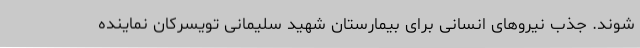
شوند. جذب نیروهای انسانی برای بیمارستان شهید سلیمانی تویسرکان نماینده